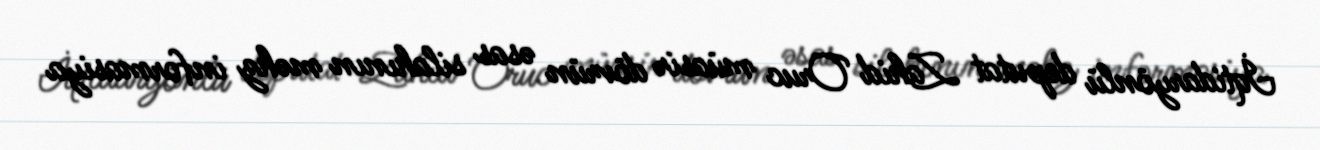
İqtidaryönlü deputat Zahid Oruc müasir dövrün əsas silahının məhz informasiya